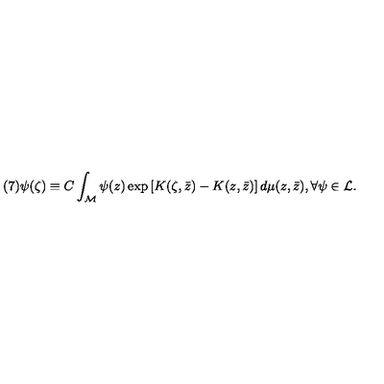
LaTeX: ( 7 ) \psi ( \zeta ) \equiv C \int _ { \cal M } \psi ( z ) \exp \left[ K ( \zeta , \bar { z } ) - K ( z , \bar { z } ) \right] d \mu ( z , \bar { z } ) , \forall \psi \in { \cal L } .